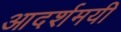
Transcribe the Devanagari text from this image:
आदर्शमयी